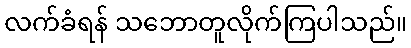
လက်ခံရန် သဘောတူလိုက်ကြပါသည်။